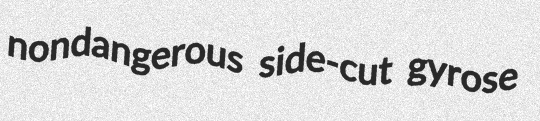
nondangerous side-cut gyrose